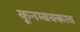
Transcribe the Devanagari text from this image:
कूनम्बक्काव